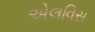
એલવિસ